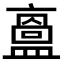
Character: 𥂬